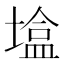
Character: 𪤒